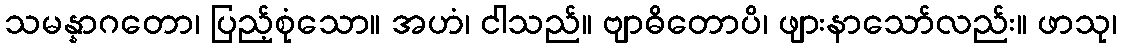
သမန္နာဂတော၊ ပြည့်စုံသော။ အဟံ၊ ငါသည်။ ဗျာဓိတောပိ၊ ဖျားနာသော်လည်း။ ဖာသု၊